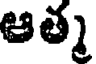
ఆత్మ